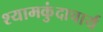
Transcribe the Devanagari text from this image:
श्यामकुंदाचार्य